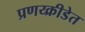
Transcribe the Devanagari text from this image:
प्रणय्क्रीडेत